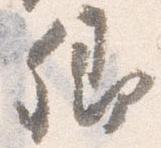
卿